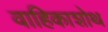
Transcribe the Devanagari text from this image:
वाहिकाशोथ